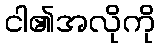
ငါ၏အလိုကို